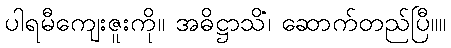
ပါရမီကျေးဇူးကို။ အဓိဋ္ဌာသိံ၊ ဆောက်တည်ပြီ။။